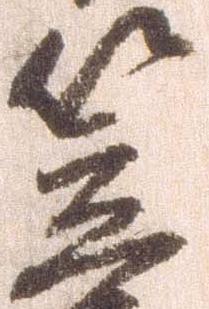
笠